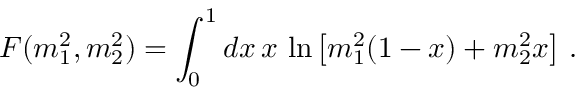
F ( m _ { 1 } ^ { 2 } , m _ { 2 } ^ { 2 } ) = \int _ { 0 } ^ { 1 } d x \, x \, \ln \left[ m _ { 1 } ^ { 2 } ( 1 - x ) + m _ { 2 } ^ { 2 } x \right] \, .